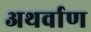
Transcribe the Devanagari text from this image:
अथर्वाण